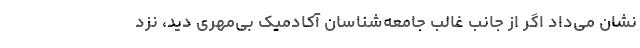
نشان می‌داد اگر از جانب غالب جامعه‌شناسان آکادمیک بی‌مهری دید، نزد